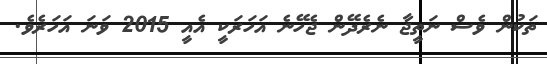
ތަކުން ވެސް ނަތީޖާ ނެރެދޭން ޖެހޭނެ އަހަރަކީ އެއީ 2015 ވަނަ އަހަރެވެ.